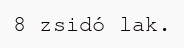
8 zsidó lak.